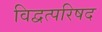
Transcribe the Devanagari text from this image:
विद्वत्परिषद